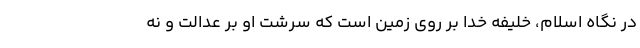
در نگاه اسلام، خلیفه خدا بر روی زمین است که سرشت او بر عدالت و نه